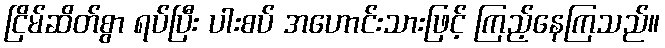
ငြိမ်ဆိတ်စွာ ရပ်ပြီး ပါးစပ် အဟောင်းသားဖြင့် ကြည့်နေကြသည်။